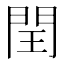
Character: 閏